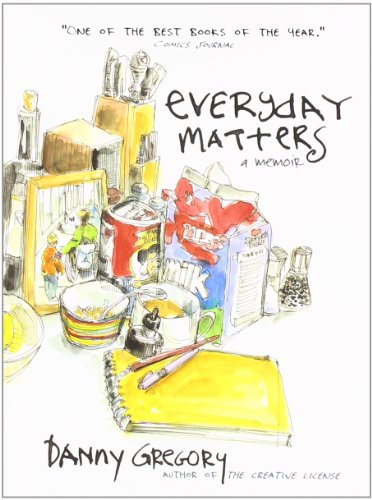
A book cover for Everyday Matters; Danny Gregory; Comics & Graphic Novels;